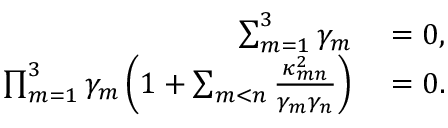
\begin{array} { r l } { \sum _ { m = 1 } ^ { 3 } \gamma _ { m } } & { { } = 0 , } \\ { \prod _ { m = 1 } ^ { 3 } \gamma _ { m } \left( 1 + \sum _ { m < n } \frac { \kappa _ { m n } ^ { 2 } } { \gamma _ { m } \gamma _ { n } } \right) } & { { } = 0 . } \end{array}